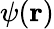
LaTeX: \psi(\mathbf{r})